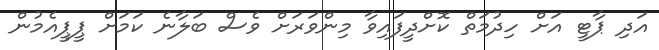
އަދި ޕާޓީ އަށް ހިދުމަތް ކޮށްދީފައިވާ މިންވަރަށް ވެސް ބަލާނެ ކަމަށް ޕީޕީއެމުން